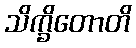
သိက္ခိတောတိ